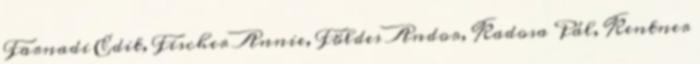
Farnadi Edit, Fischer Annie, Földes Andor, Kadosa Pál, Kentner